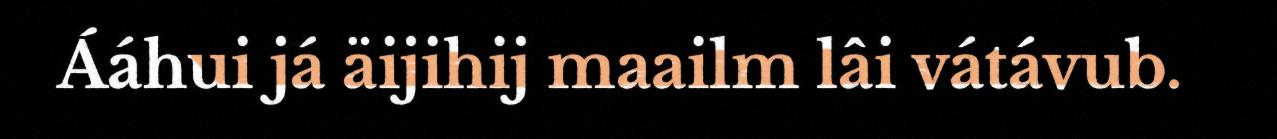
Ááhui já äijihij maailm lâi vátávub.